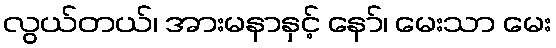
လွယ်တယ်၊ အားမနာနှင့် နော်၊ မေးသာ မေး